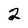
Character: 2